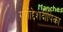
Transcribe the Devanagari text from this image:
गणोद्देशदीपिका